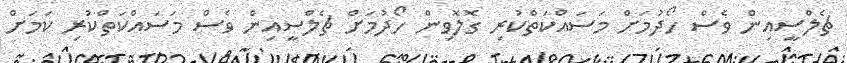
ޗެލްސީއިން ވެސް ހޯދުމަށް މަސައްކަތްކުރި ގޮލޮވިން ހޯދުމަށް ޗެލްސީއިން ވެސް މަސައްކަތްކުރި ކަމަށް